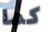
كما